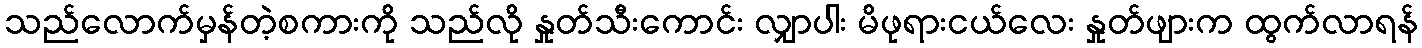
သည်လောက်မှန်တဲ့စကားကို သည်လို နှုတ်သီးကောင်း လျှာပါး မိဖုရားငယ်လေး နှုတ်ဖျားက ထွက်လာရန်